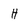
Character: H